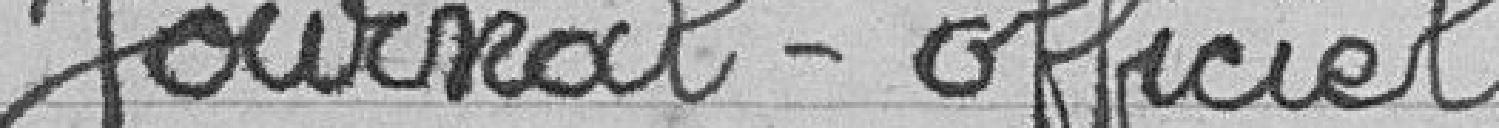
journal officiel